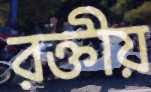
রক্তীয়